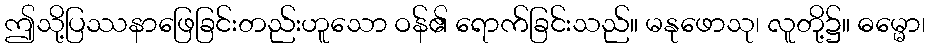
ဤသို့ပြဿနာဖြေခြင်းတည်းဟူသော ဝန်၏ ရောက်ခြင်းသည်။ မနုဖောသု၊ လူတို့၌။ ဓမ္မော၊